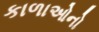
કાળાઓનો